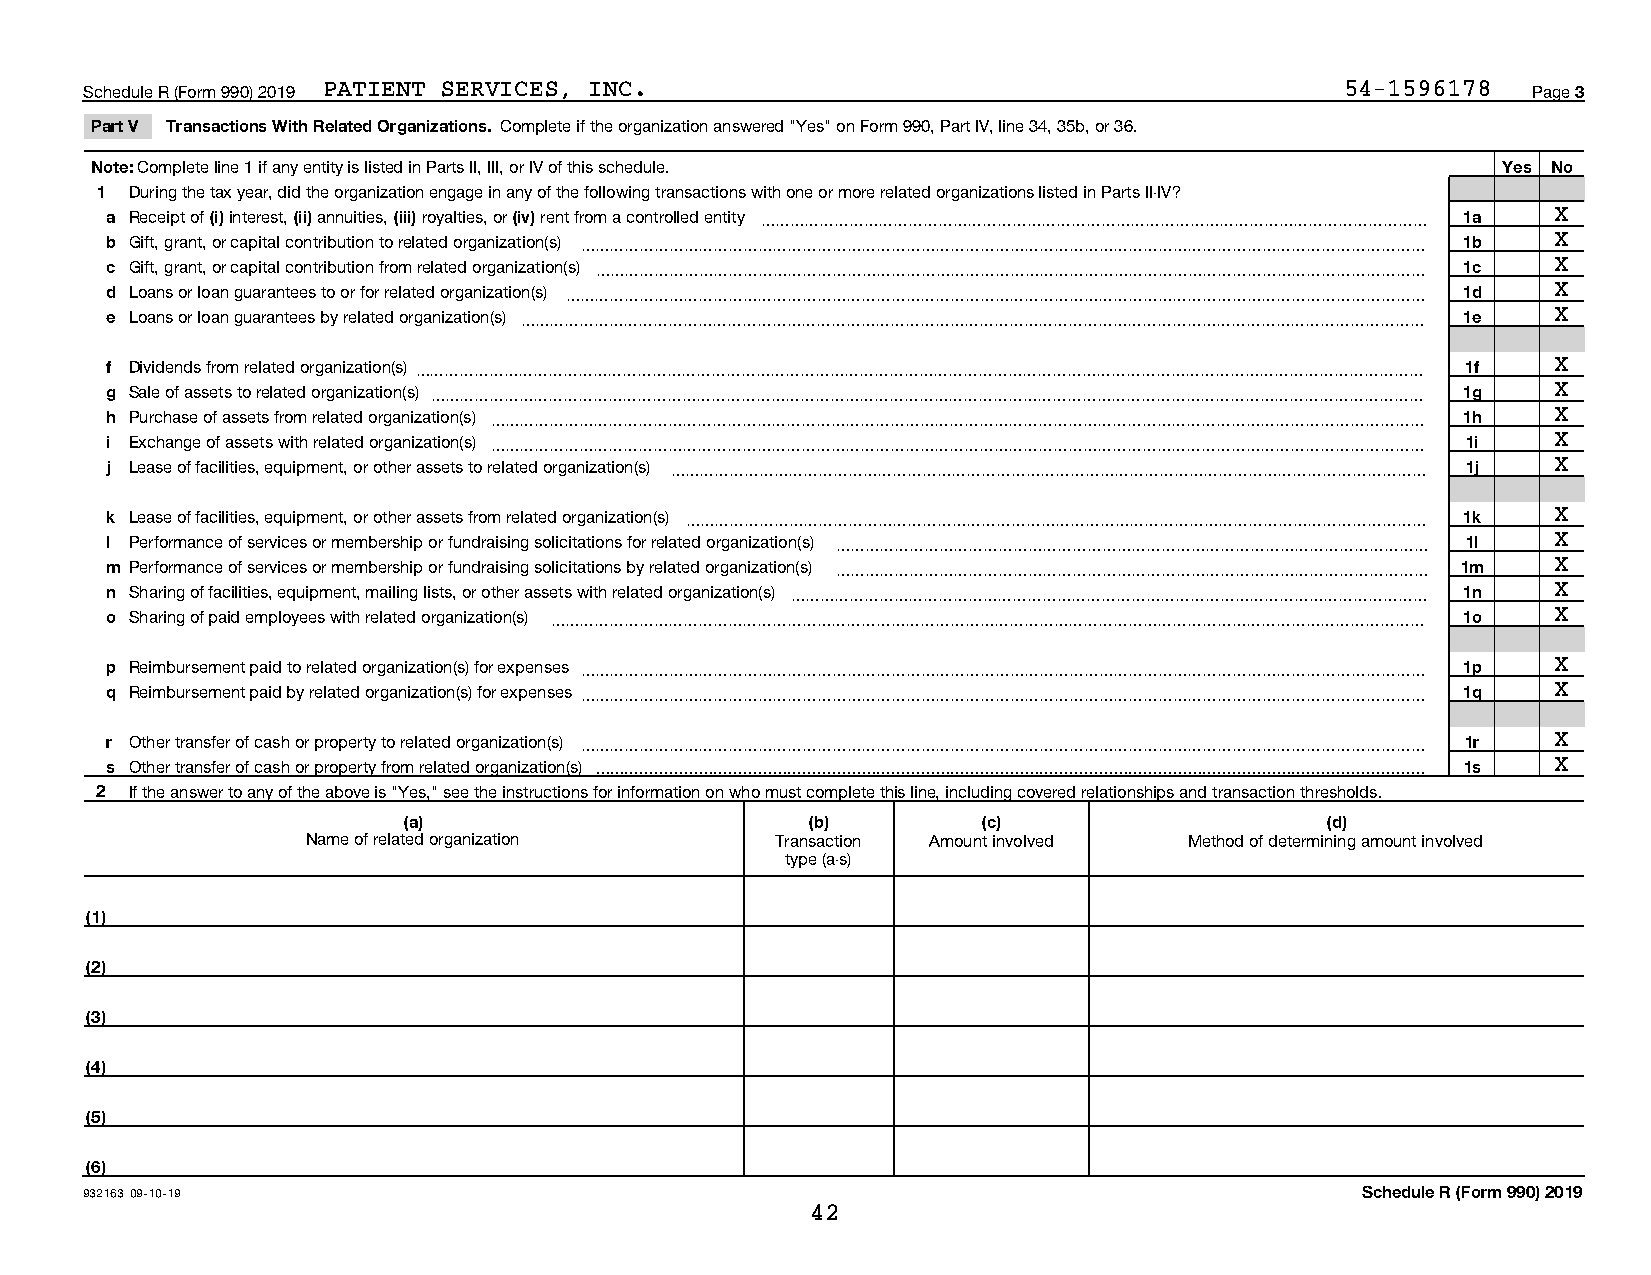
Schedule R (Form 990) 2019 PATIENT SERVICES, INC.                                  54-1596178  Page 3
 Part V Transactions With Related Organizations. Complete if the organization answered "Yes" on Form 990, Part IV, line 34, 35b, or 36.
 Note: Complete line 1 if any entity is listed in Parts II, III, or IV of this schedule.      Yes No
 1  During the tax year, did the organization engage in any of the following transactions with one or more related organizations listed in Parts II-IV?
 a Receipt of (i) interest, (ii) annuities, (iii) royalties, or (iv) rent from a controlled entity ~~~~~~~~~~~~~~~~~~~~~~~~~~~~~~~~~~~~~~~~~~~~~ 1a X
 b Gift, grant, or capital contribution to related organization(s) ~~~~~~~~~~~~~~~~~~~~~~~~~~~~~~~~~~~~~~~~~~~~~~~~~~~~~~~~~ 1b X
 c Gift, grant, or capital contribution from related organization(s) ~~~~~~~~~~~~~~~~~~~~~~~~~~~~~~~~~~~~~~~~~~~~~~~~~~~~~~~~ 1c X
 d Loans or loan guarantees to or for related organization(s) ~~~~~~~~~~~~~~~~~~~~~~~~~~~~~~~~~~~~~~~~~~~~~~~~~~~~~~~~~~ 1d X
 e Loans or loan guarantees by related organization(s) ~~~~~~~~~~~~~~~~~~~~~~~~~~~~~~~~~~~~~~~~~~~~~~~~~~~~~~~~~~~~~ 1e X
 f Dividends from related organization(s)~~~~~~~~~~~~~~~~~~~~~~~~~~~~~~~~~~~~~~~~~~~~~~~~~~~~~~~~~~~~~~~~~~~~ 1f X
 g Sale of assets to related organization(s) ~~~~~~~~~~~~~~~~~~~~~~~~~~~~~~~~~~~~~~~~~~~~~~~~~~~~~~~~~~~~~~~~~~~ 1g X
 h Purchase of assets from related organization(s) ~~~~~~~~~~~~~~~~~~~~~~~~~~~~~~~~~~~~~~~~~~~~~~~~~~~~~~~~~~~~~~~ 1h X
 i Exchange of assets with related organization(s) ~~~~~~~~~~~~~~~~~~~~~~~~~~~~~~~~~~~~~~~~~~~~~~~~~~~~~~~~~~~~~~~ 1i X
 j Lease of facilities, equipment, or other assets to related organization(s) ~~~~~~~~~~~~~~~~~~~~~~~~~~~~~~~~~~~~~~~~~~~~~~~~~~~ 1j X
 k Lease of facilities, equipment, or other assets from related organization(s) ~~~~~~~~~~~~~~~~~~~~~~~~~~~~~~~~~~~~~~~~~~~~~~~~~~ 1k X
 l Performance of services or membership or fundraising solicitations for related organization(s) ~~~~~~~~~~~~~~~~~~~~~~~~~~~~~~~~~~~~~~~~ 1l X
 m Performance of services or membership or fundraising solicitations by related organization(s) ~~~~~~~~~~~~~~~~~~~~~~~~~~~~~~~~~~~~~~~~ 1m X
 n Sharing of facilities, equipment, mailing lists, or other assets with related organization(s) ~~~~~~~~~~~~~~~~~~~~~~~~~~~~~~~~~~~~~~~~~~~ 1n X
 o Sharing of paid employees with related organization(s) ~~~~~~~~~~~~~~~~~~~~~~~~~~~~~~~~~~~~~~~~~~~~~~~~~~~~~~~~~~~ 1o X
 p Reimbursement paid to related organization(s) for expenses ~~~~~~~~~~~~~~~~~~~~~~~~~~~~~~~~~~~~~~~~~~~~~~~~~~~~~~~~~ 1p X
 q Reimbursement paid by related organization(s) for expenses ~~~~~~~~~~~~~~~~~~~~~~~~~~~~~~~~~~~~~~~~~~~~~~~~~~~~~~~~~ 1q X
 r Other transfer of cash or property to related organization(s) ~~~~~~~~~~~~~~~~~~~~~~~~~~~~~~~~~~~~~~~~~~~~~~~~~~~~~~~~~ 1r X
 s Other transfer of cash or property from related organization(s)  1s X
 2  If the answer to any of the above is "Yes," see the instructions for information on who must complete this line, including covered relationships and transaction thresholds.
 (a)                        (b)        (c)                    (d)
 Name of related organization   Transaction Amount involved Method of determining amount involved
 type (a-s)
 (1)
 (2)
 (3)
 (4)
 (5)
 (6)
 932163 09-10-19                                                                     Schedule R (Form 990) 2019
 42